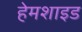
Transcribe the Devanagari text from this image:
हेमशाइड